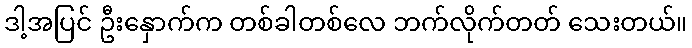
ဒါ့အပြင် ဦးနှောက်က တစ်ခါတစ်လေ ဘက်လိုက်တတ် သေးတယ်။